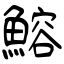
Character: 鰫